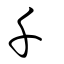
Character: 千